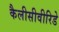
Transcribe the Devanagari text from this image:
कैलीसीवीरिडे